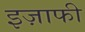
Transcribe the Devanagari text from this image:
इज़ाफी